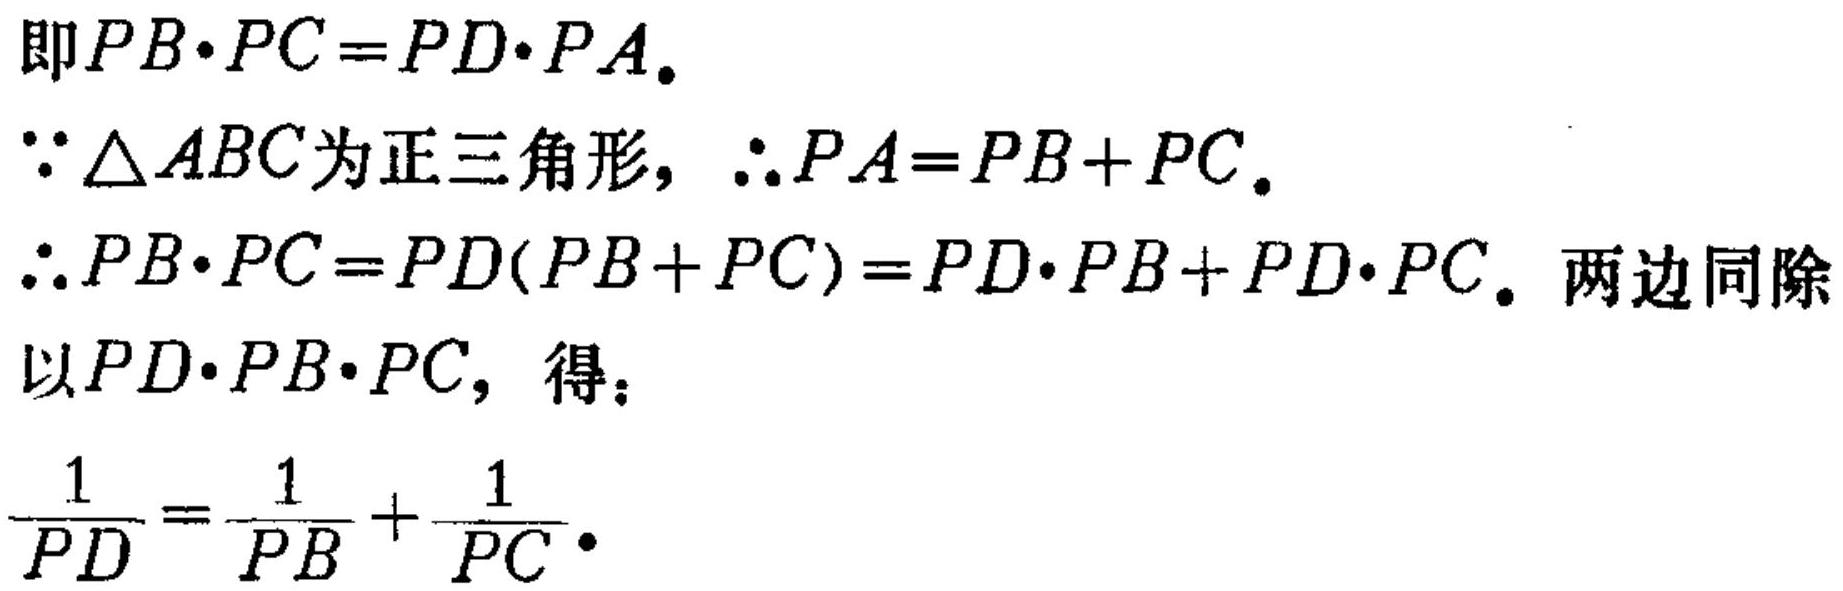
即\(PB\cdot PC = PD\cdot PA\)。
\(\because\triangle ABC\)为正三角形，\(\therefore PA = PB + PC\)。
\(\therefore PB\cdot PC = PD(PB + PC)=PD\cdot PB + PD\cdot PC\)。两边同除以\(PD\cdot PB\cdot PC\)，得：
\(\frac{1}{PD}=\frac{1}{PB}+\frac{1}{PC}\)。